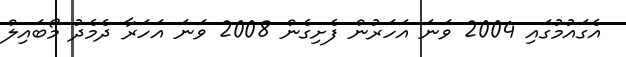
އެގައުމުގައި 2004 ވަނަ އަހަރުން ފެށިގެން 2008 ވަނަ އަހަރާ ދެމެދު މޯބައިލް